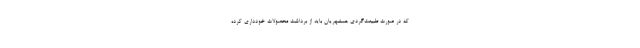
که در صورت طبیعت‌گردی همشهریان باید از برداشت محصولات خودداری کرده